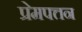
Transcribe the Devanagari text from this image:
प्रेमपत्तन